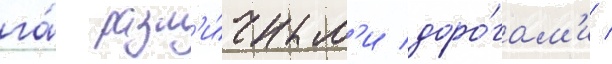
га́ разл'и́чным'и доро́гам'и /